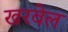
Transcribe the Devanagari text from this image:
खरवेल